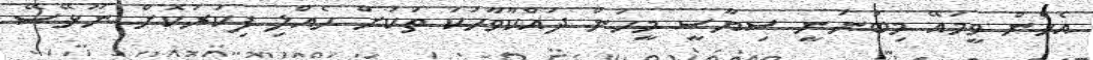
އެހެން ވީމައޭ މިބުނަނީ ސިޔާސީ މީހުން ދައްކާވާހަކަ ތަކަށް ހެއްލި ފިކުރުކޮށް ނޫޅޭސޭ